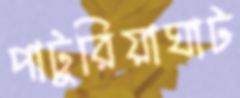
পাটুরিয়াঘাট